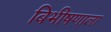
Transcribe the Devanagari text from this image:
बिभीषणाला